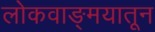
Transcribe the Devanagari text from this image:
लोकवाङ्मयातून